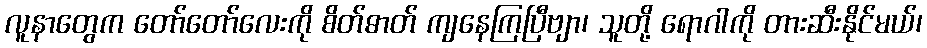
လူနာတွေက တော်တော်လေးကို စိတ်ဓာတ် ကျနေကြပြီဗျာ၊ သူတို့ ရောဂါကို တားဆီးနိုင်မယ်၊